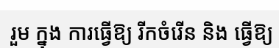
រួម ក្នុង ការធ្វើឱ្យ រីកចំរើន និង ធ្វើឱ្យ